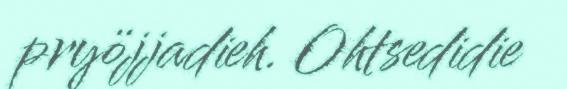
pryöjjadieh. Ohtsedidie